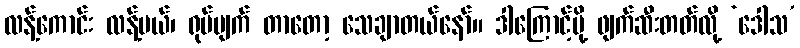
လန့်ကောင်း လန့်မယ်၊ ရုပ်ပျက် တာတော့ သေချာတယ်နော်။ ဒါကြောင့်မို့ ဖျက်ဆီးတတ်လို့ ‘ဒေါသ’